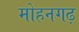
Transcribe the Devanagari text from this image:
मोहनगढ़